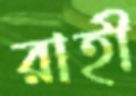
রাহী